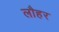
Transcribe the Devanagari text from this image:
लौहर